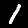
Digit: 1